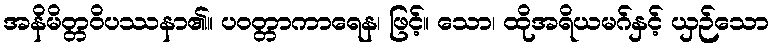
အနိမိတ္တဝိပဿနာ၏။ ပဝတ္တာကာရေန၊ ဖြင့်။ သော၊ ထိုအရိယမဂ်နှင့် ယှဉ်သော